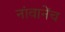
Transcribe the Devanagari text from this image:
नांवानेंच